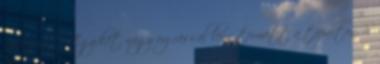
nyifogott. Egy-két nagy ugrással lenn termett a tóparton. S